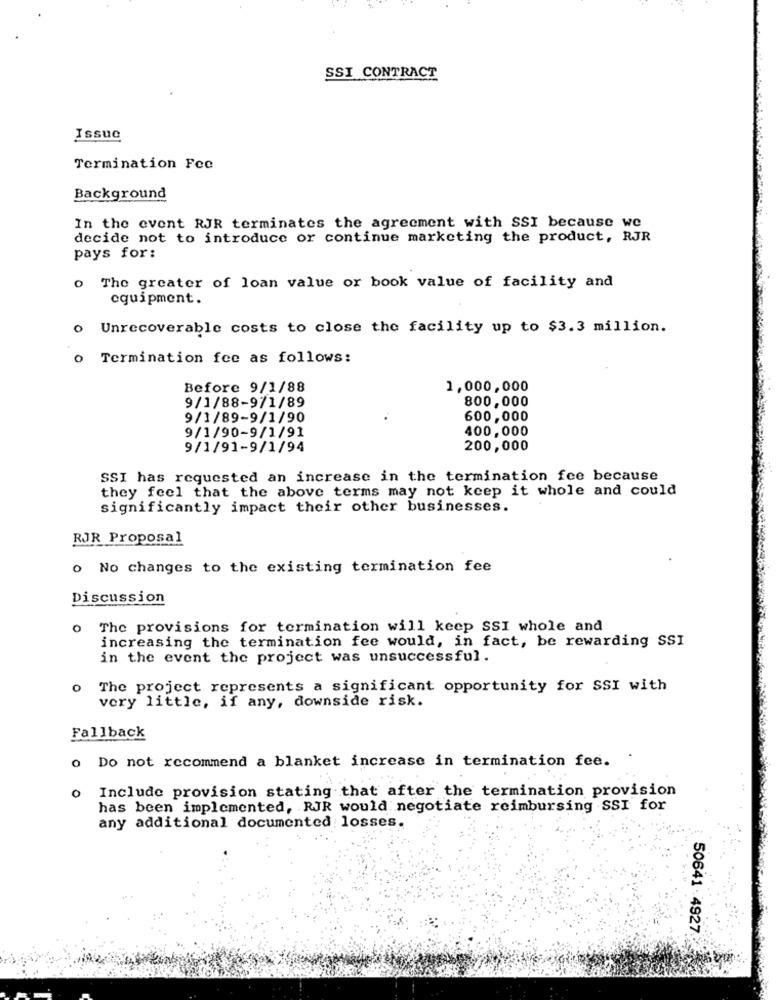
SSI CONTRACT
Issue
Termination Fee
Background
In the event RJR terminates the agreement with SSI because we
decide not to introduce or continue marketing the product, RJR
pays for:
o The greater of loan value or book value of facility and
equipment.
0
Unrecoverable costs to close the facility up to $3.3 million.
0
Termination fee as follows:
Before 9/1/88
1,000,000
800,000
9/1/88-9/1/89
9/1/89-9/1/90
600,000
9/1/90-9/1/91
400,000
9/1/91-9/1/94
200,000
SSI has requested an increase in the termination fee because
they feel that the above terms may not keep it whole and could
significantly impact their other businesses.
RJR Proposal
o No changes to the existing termination fee
Discussion
O
The provisions for termination will keep SSI whole and
increasing the termination fee would, in fact, be rewarding SSI
in the event the project was unsuccessful.
o The project represents a significant opportunity for SSI with
very little, if any, downside risk.
Fallback
o Do not recommend a blanket increase in termination fee.
o Include provision stating that after the termination provision
has been implemented, RJR would negotiate reimbursing SSI for
any additional documented losses.
50641 .4927.